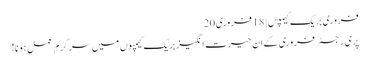
فروری بریک کیمپس | 18 فروری 20
پری رجسٹر فروری کے ان حیرت انگیز بریک کیمپوں میں سرگرم عمل ہونا!